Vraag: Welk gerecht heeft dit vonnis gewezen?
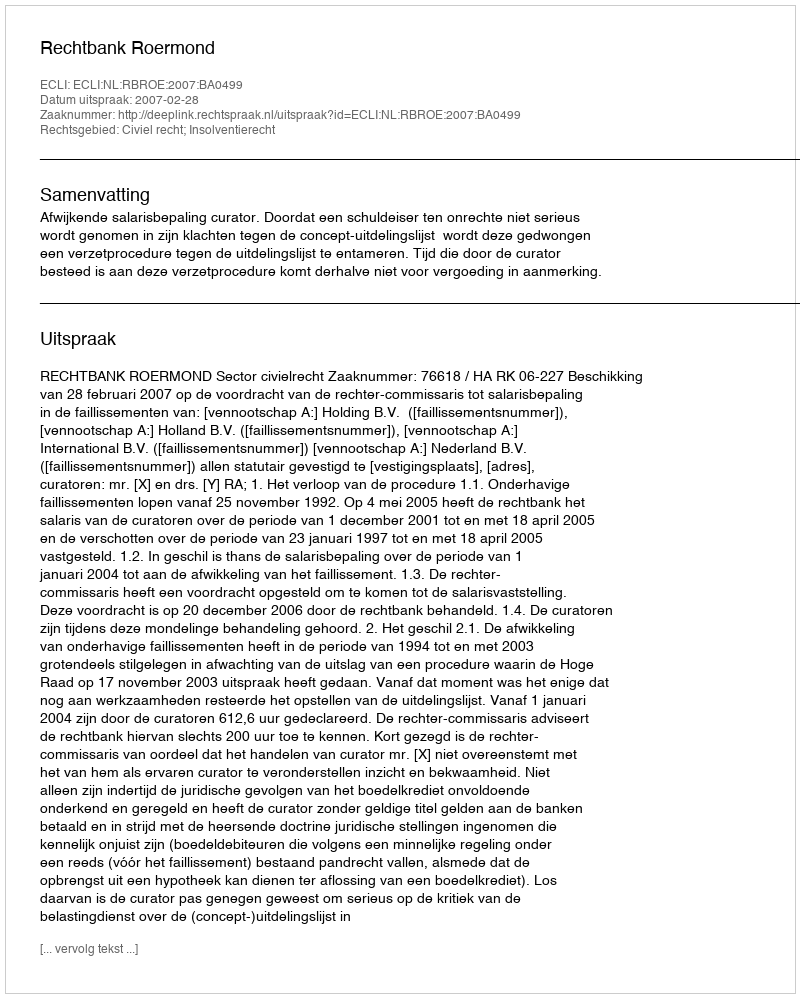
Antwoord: Rechtbank Roermond